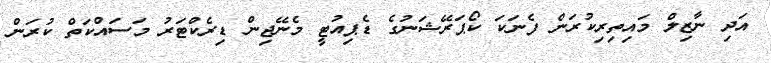
އަދި ނާޒިލް މައިތިރިކުރަން ފެނަކަ ކޯޕަރޭޝަނުގެ ޑެޕިއުޓީ މެނޭޖިން ޑިރެކްޓަރު މަސައްކަތް ކުރަން